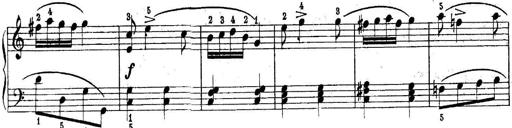
Title: Quatres sonatines
Composer: Tadeusz Joteyko